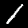
Label: 1